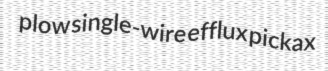
plow single-wire efflux pickax